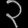
Digit: ၃